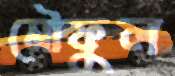
মৌফুল